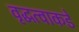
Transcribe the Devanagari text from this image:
वृद्धत्वाकडे